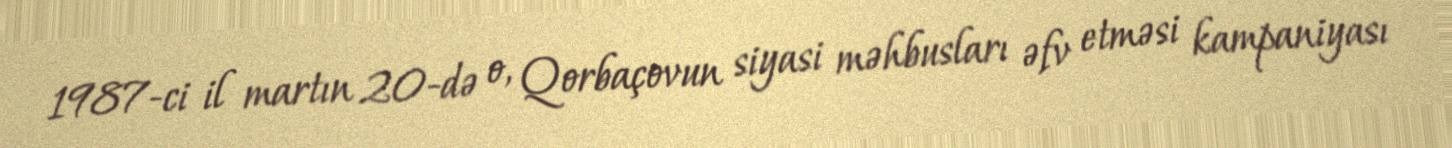
1987-ci il martın 20-də o, Qorbaçovun siyasi məhbusları əfv etməsi kampaniyası